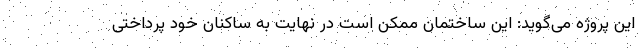
این پروژه می‌گوید: این ساختمان ممکن است در نهایت به ساکنان خود پرداختی